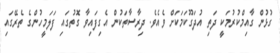
ގުޅުން ގާއިމްކުރުމަކީ ދަތި އުދަގޫކަމަކަށް ވެއެވެ. ދިރާސާތަކުން އެގިފައިވާ ގޮތުގައި ފަލަމީހުންގެ ތެރޭގައި